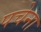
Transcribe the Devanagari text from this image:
पचेना